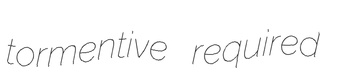
tormentive required